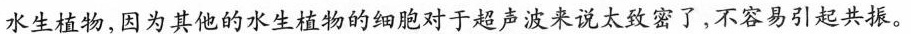
水生植物，因为其他的水生植物的细胞对于超声波来说太致密了，不容易引起共。